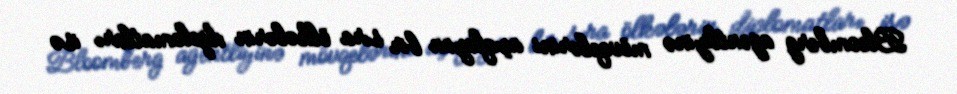
Bloomberg agentliyinə mövqelərini açıqlayan bir sıra ölkələrin diplomatları isə